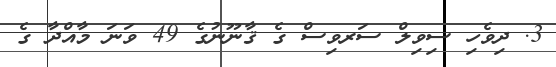
3. ދިވެހި ސިވިލް ސަރވިސް ގެ ޤާނޫނުގެ 49 ވަނަ މާއްދާ ގެ